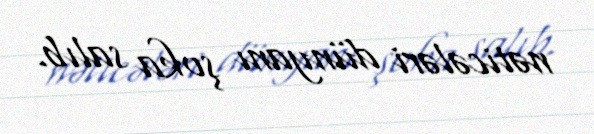
nəticələri dünyanı şoka salıb.